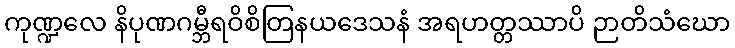
ကုဏ္ဍလေ နိပုဏဂမ္ဘီရဝိစိတြနယဒေသနံ အရဟတ္တဿာပိ ဉာတိသံဃော